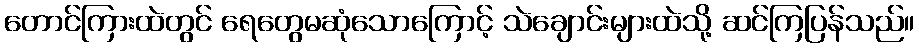
တောင်ကြားထဲတွင် ရေတွေမဆုံသောကြောင့် သဲချောင်းများထဲသို့ ဆင်ကြပြန်သည်။